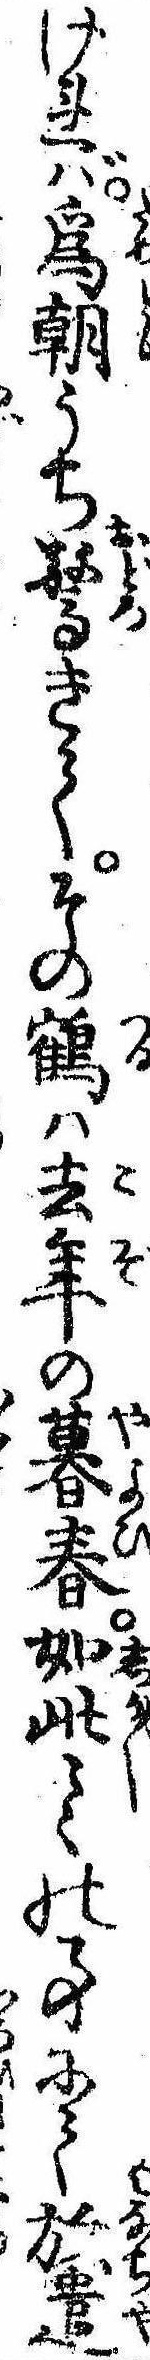
ければ為朝うち驚きてその鶴は去年の暮春如此〻〻の事にて放遣